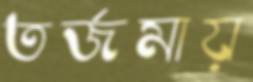
তর্জমায়